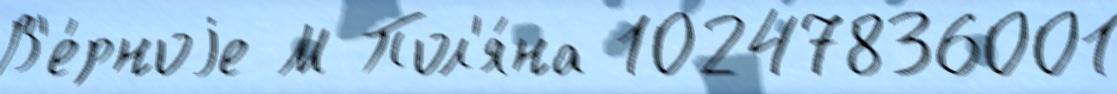
В'е́рноjе М Пол'я́на 10247836001